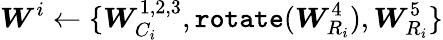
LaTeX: \boldsymbol{W}^{i}\leftarrow\{ \boldsymbol{W}_{C_{i}}^{1,2,3},\texttt{rotate}(\boldsymbol{W}_{R_{i}}^{4}),\boldsymbol{W}_{R_{i}}^{5}\}